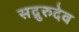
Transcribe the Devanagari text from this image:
सद्गुरुदेव